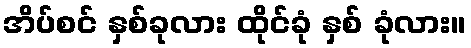
အိပ်စင် နှစ်ခုလား ထိုင်ခုံ နှစ် ခုံလား။